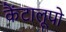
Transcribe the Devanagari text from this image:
कैंटालूपो